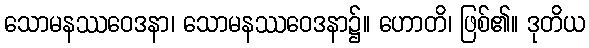
သောမနဿဝေဒနာ၊ သောမနဿဝေဒနာ၌။ ဟောတိ၊ ဖြစ်၏။ ဒုတိယ